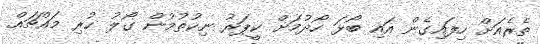
ތެރެއަށް ހިފައިގެން އައި ބޯޅަ ހޯދުމަށް ކީޕަރު ނިކުތުމުން ގޯލު ކުރި މައްޗައް